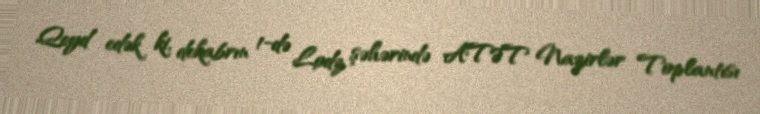
Qeyd edək ki, dekabrın 1-də Lodz şəhərində ATƏT Nazirlər Toplantısı